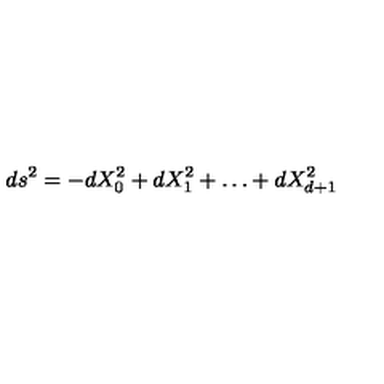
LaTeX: d s ^ { 2 } = - d X _ { 0 } ^ { 2 } + d X _ { 1 } ^ { 2 } + \ldots + d X _ { d + 1 } ^ { 2 }